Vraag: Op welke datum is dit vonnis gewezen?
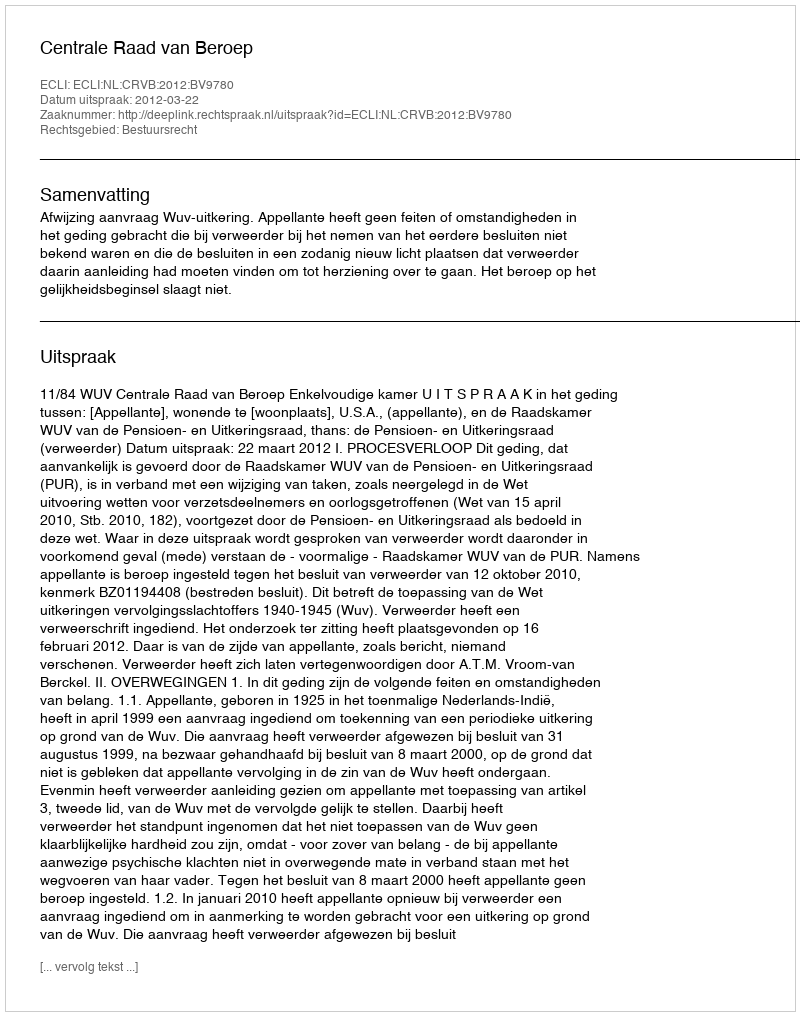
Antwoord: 2012-03-22